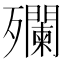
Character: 𣩼